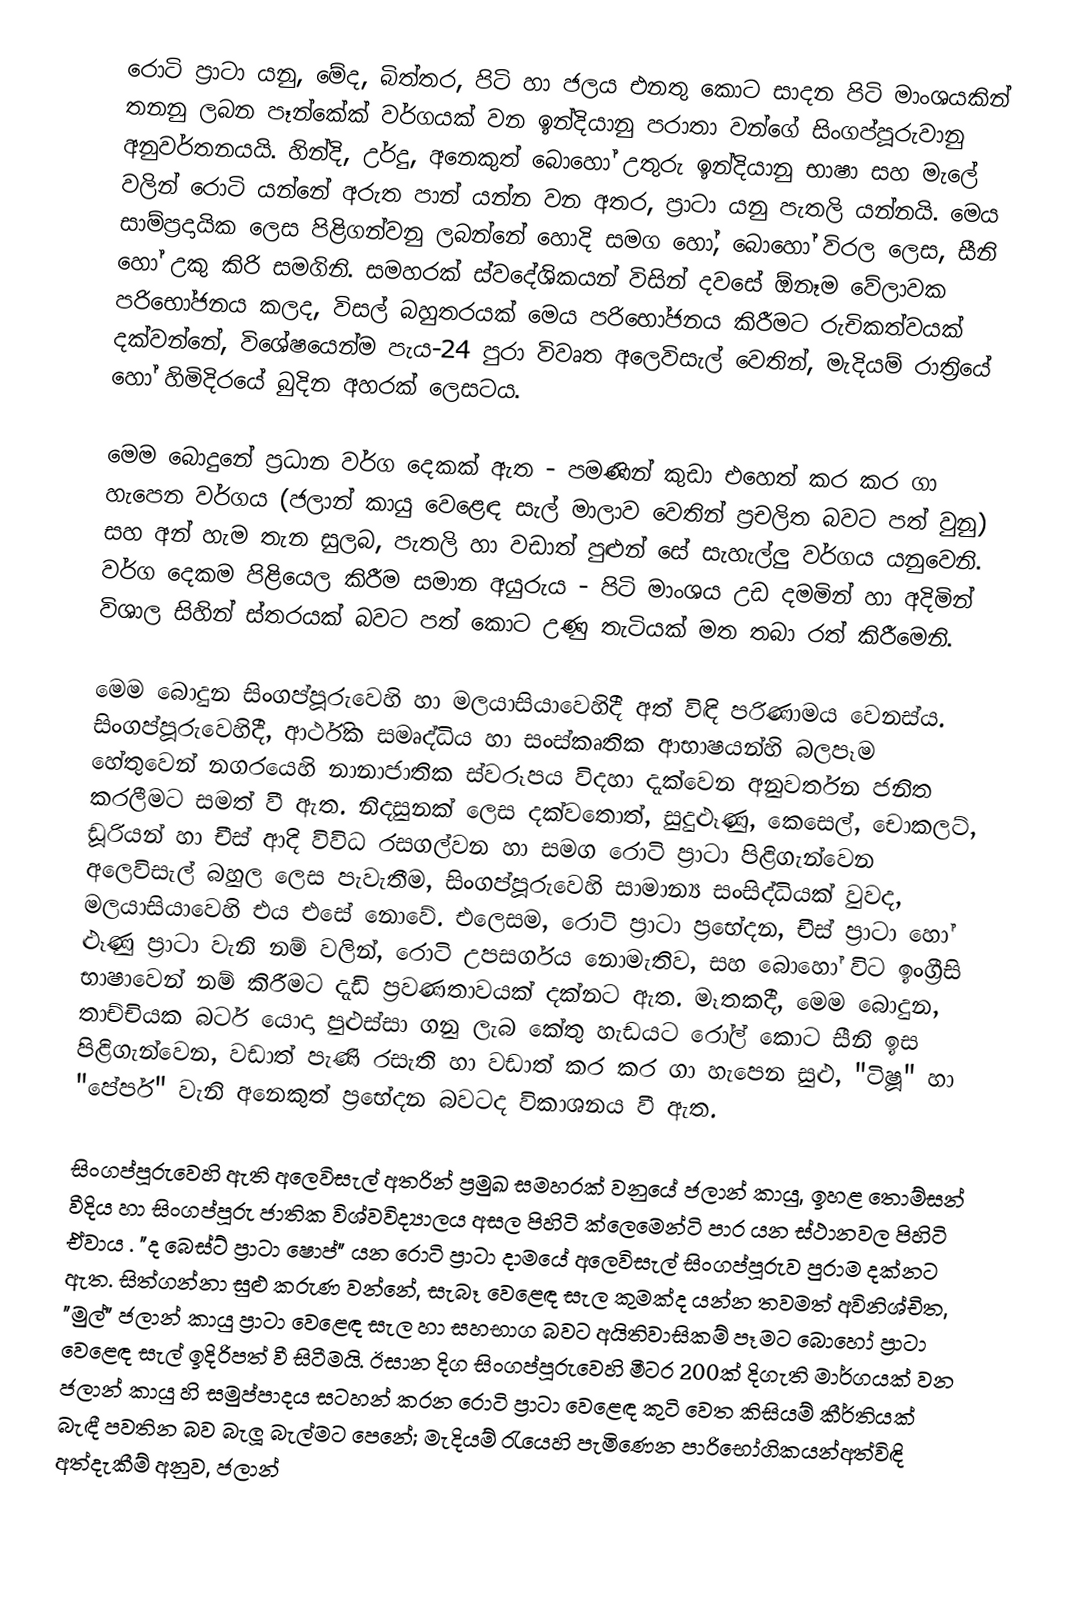
රොටි ප්‍රාටා යනු,  මේද, බිත්තර, පිටි හා ජලය එනතු කොට සාදන පිටි මාංශයකින් තනනු ලබන පෑන්කේක් වර්ගයක් වන ඉන්දියානු පරාතා වන්ගේ සිංගප්පූරුවානු අනුවර්තනයයි. හින්දි, උර්දු, අනෙකුත් බොහෝ උතුරු ඉන්දියානු භාෂා සහ මැලේ වලින් රොටි යන්නේ අරුත පාන් යන්න වන අතර, ප්‍රාටා යනු පැතලි යන්නයි. මෙය සාම්ප්‍රදායික ලෙස පිළිගන්වනු ලබන්නේ  හොදි  සමග හෝ, බොහෝ විරල ලෙස, සීනි හෝ උකු කිරි සමගිනි. සමහරක් ස්වදේශිකයන් විසින් දවසේ ඕනෑම වේලාවක පරිභෝජනය කලද, විසල් බහුතරයක් මෙය පරිභෝජනය කිරීමට රුචිකත්වයක් දක්වන්නේ, විශේෂයෙන්ම පැය-24 පුරා විවෘත අලෙවිසැල් වෙතින්,  මැදියම් රාත්‍රියේ හෝ හිමිදිරයේ බුදින අහරක් ලෙසටය.

මෙම බොදුනේ ප්‍රධාන වර්ග දෙකක් ඇත - පමණින් කුඩා එහෙත් කර කර ගා හැපෙන වර්ගය (ජලාන් කායු වෙළෙඳ සැල් මාලාව වෙතින් ප්‍රචලිත බවට පත් වුනු)  සහ අන් හැම තැන සුලබ,  පැතලි හා වඩාත් පුළුන් සේ සැහැල්ලු වර්ගය යනුවෙනි. වර්ග දෙකම පිළියෙල කිරීම සමාන අයුරුය - පිටි මාංශය උඩ දමමින් හා අදිමින් විශාල සිහින් ස්තරයක් බවට පත් කොට උණු තැටියක් මත තබා රත් කිරීමෙනි.

මෙම බොදුන සිංගප්පූරුවෙහි හා මලයාසියාවෙහිදී අත් විඳි පරිණාමය වෙනස්ය. සිංගප්පූරුවෙහිදී, ආර්ථික සමෘද්ධිය හා සංස්කෘතික ආභාෂයන්හි බලපෑම හේතුවෙන් නගරයෙහි නානාජාතික ස්වරූපය විදහා දැක්වෙන අනුවර්තන ජනිත කරලීමට සමත් වී ඇත. නිදසුනක් ලෙස දක්වතොත්, සුදුළූණු, කෙසෙල්, චොකලට්, ඩූරියන් හා චීස් ආදි විවිධ රසගල්වන හා සමග රොටි ප්‍රාටා පිළිගැන්වෙන අලෙවිසැල් බහුල ලෙස පැවැතීම, සිංගප්පූරුවෙහි සාමාන්‍ය සංසිද්ධියක් වුවද, මලයාසියාවෙහි එය එසේ නොවේ. එලෙසම, රොටි ප්‍රාටා ප්‍රභේදන, චීස් ප්‍රාටා හෝ ළූණු ප්‍රාටා වැනි නම් වලින්,  රොටි උපසර්ගය නොමැතිව, සහ  බොහෝ විට ඉංග්‍රීසි භාෂාවෙන් නම් කිරීමට දැඩි ප්‍රවණතාවයක් දක්නට ඇත. මෑතකදී, මෙම බොදුන,  තාච්චියක බටර් යොදා පුළුස්සා ගනු ලැබ කේතු හැඩයට රෝල් කොට සීනි ඉස පිළිගැන්වෙන,  වඩාත් පැණි රසැති හා වඩාත් කර කර ගා හැපෙන සුළු, "ටිෂූ" හා "පේපර්" වැනි අනෙකුත් ප්‍රභේදන  බවටද විකාශනය වී ඇත.

සිංගප්පූරුවෙහි ඇති අලෙවිසැල් අතරින්  ප්‍රමුඛ සමහරක් වනුයේ ජලාන් කායු, ඉහළ තොම්සන් වීදිය හා සිංගප්පූරු ජාතික විශ්වවිද්‍යාලය අසල පිහිටි ක්ලෙමෙන්ටි පාර යන ස්ථානවල පිහිටි ඒවාය . "ද බෙස්ට් ප්‍රාටා ෂොප්" යන  රොටි ප්‍රාටා දාමයේ අලෙවිසැල් සිංගප්පූරුව පුරාම දක්නට ඇත. සිත්ගන්නා සුළු කරුණ වන්නේ, සැබෑ වෙළෙඳ සැල කුමක්ද යන්න තවමත් අවිනිශ්චිත, "මුල්" ජලාන් කායු ප්‍රාටා වෙළෙඳ සැල හා සහභාග බවට අයිතිවාසිකම් පෑමට බොහෝ ප්‍රාටා වෙළෙඳ සැල් ඉදිරිපත් වී සිටීමයි. ඊසාන දිග සිංගප්පූරුවෙහි මීටර 200ක් දිගැති මාර්ගයක් වන ජලාන් කායු හි සමුප්පාදය සටහන් කරන රොටි ප්‍රාටා වෙළෙඳ කුටි වෙත කිසියම් කීර්තියක් බැඳී පවතින බව බැලූ බැල්මට පෙනේ; මැදියම් රැයෙහි පැමිණෙන පාරිභෝගිකයන්අත්විඳි අත්දැකීම් අනුව, ජලාන්